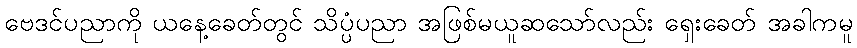
ဗေဒင်ပညာကို ယနေ့ခေတ်တွင် သိပ္ပံပညာ အဖြစ်မယူဆသော်လည်း ရှေးခေတ် အခါကမူ